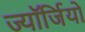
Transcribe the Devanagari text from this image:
ज्यॉर्जियो